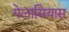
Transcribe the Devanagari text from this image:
गेलासियास